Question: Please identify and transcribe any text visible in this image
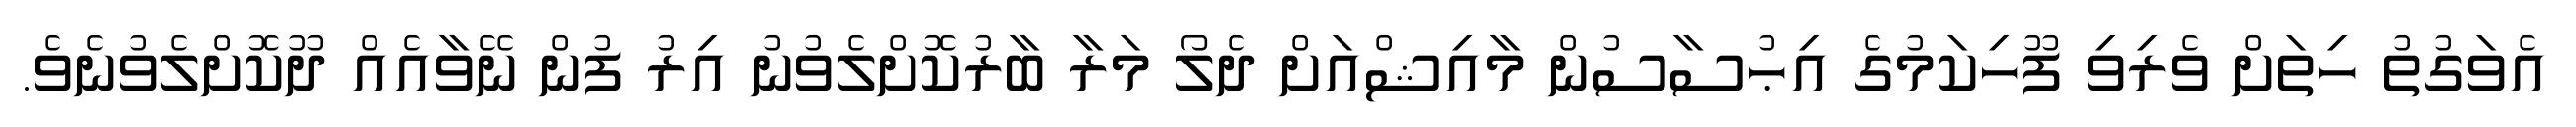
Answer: އެވަގުތު ހިތަށް ވެރިވި ފޫހިކަމުގެ އިޙުސާސުން މާއިޝްއަށް ދެލޯ މަރާ ބާރުކޮށްލެވުނު އިރު ފުން ނޭވާއެއް ދޫކޮށްލެވުނެވެ.